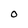
Character: 0